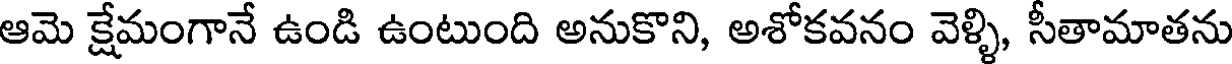
ఆమె క్షేమంగానే ఉండి ఉంటుంది అనుకొని, అశోకవనం వెళ్ళి, సీతామాతను